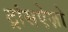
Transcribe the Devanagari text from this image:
ट्रांसऐज़ो